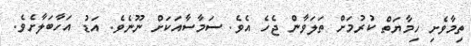
ތިމާވެށި ހިމާޔަތް ކުރުމަށް ތަލަވާން ޖެހެ އެވެ. ސަމާސާއަކަށް ނޫނެވެ. އަޑު އަހާބަލާށެވެ.